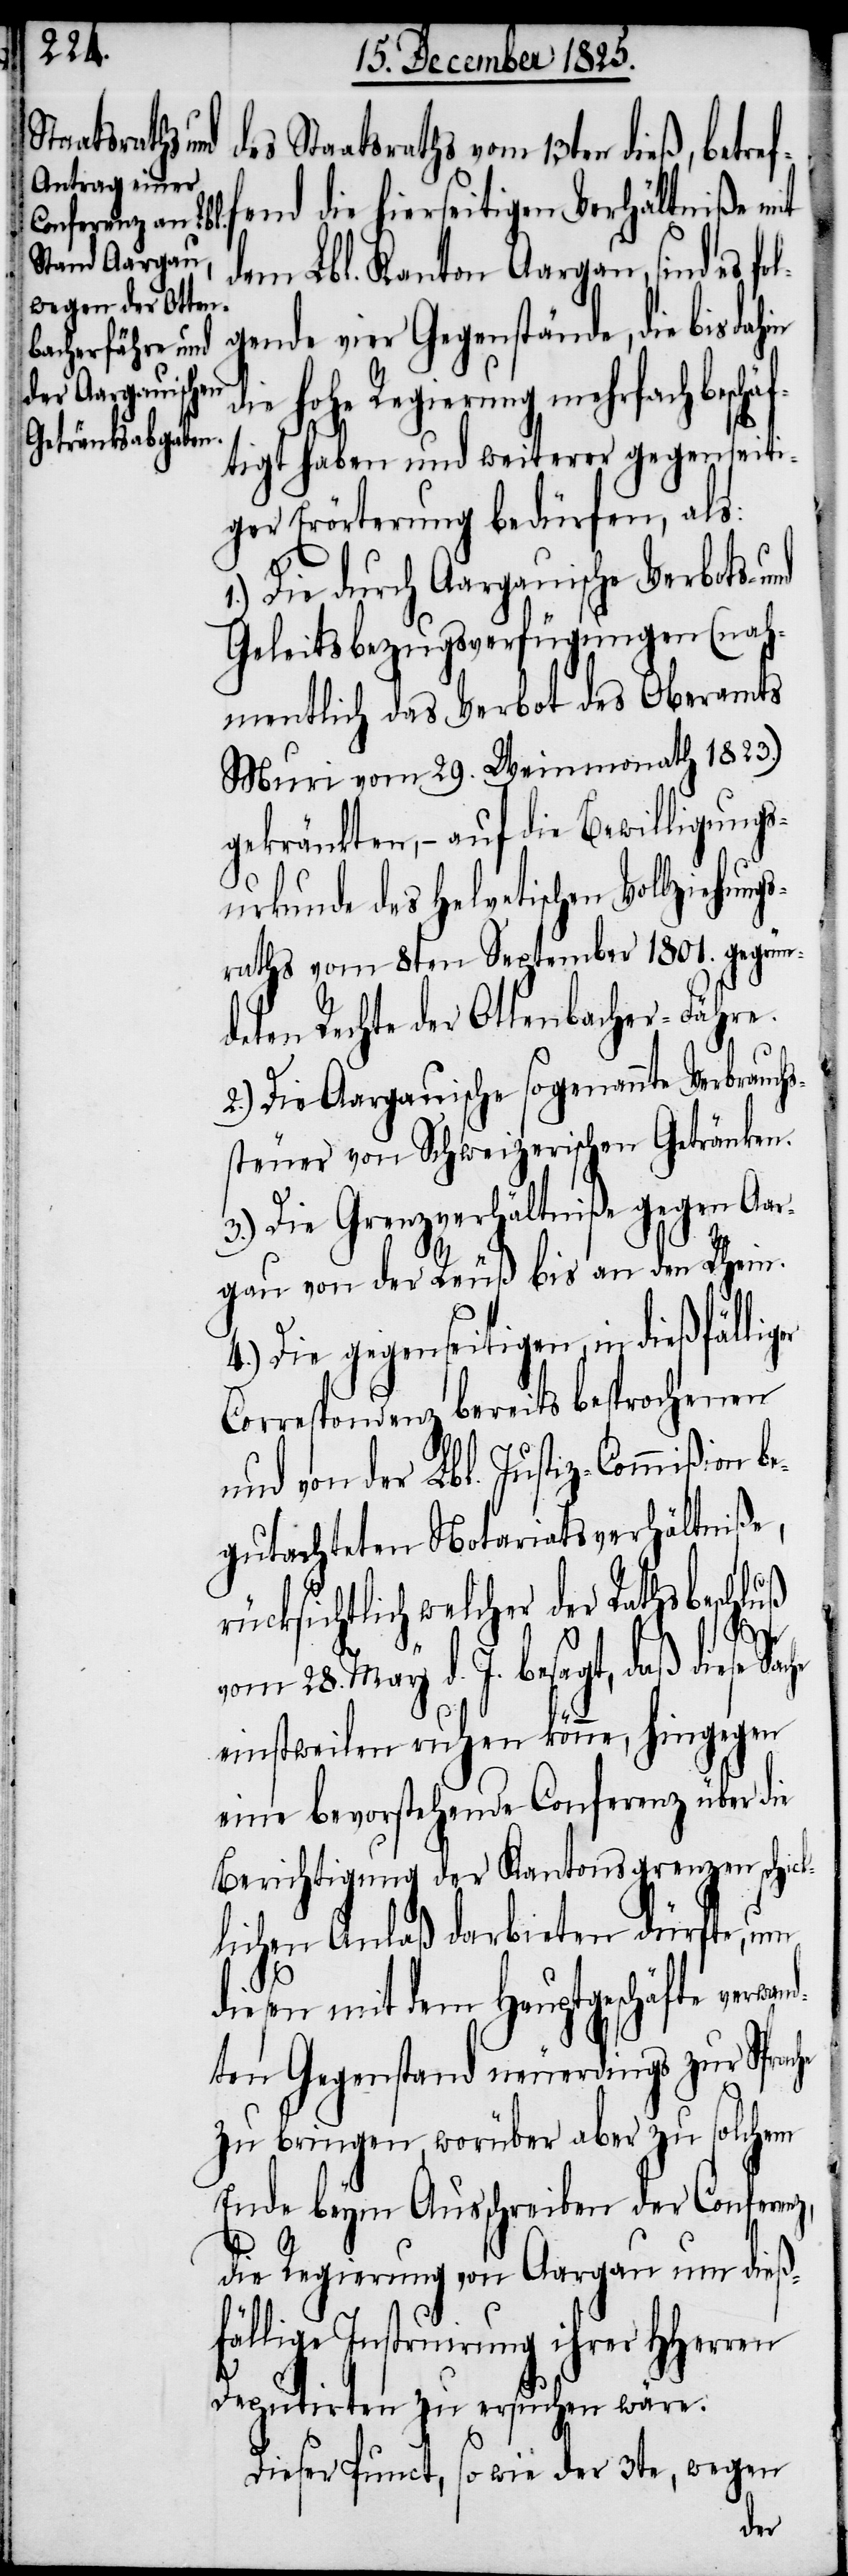
des Staatsraths vom 13ten dieß, betref¬
fend die hierseitigen Verhältniße mit
dem Lbl. Kanton Aargau, sind es fo¬
lgende vier Gegenstände, die bis
die hohe Regierung mehrfach beschä¬
ftigt haben und weiterer gegenseiti¬
ger Erörterung bedürfen, als:
Die durch Aargauische Verbots-
Geleitsbezugsverfügungen (nah¬
mentlich das Verbot des Oberamts
Muri vom 29. Weinmonath 1823.)
gekränkten, – auf die Bewilligungs¬
urkunde des Helvetischen Vollziehun¬
raths vom 8ten September 1801. gegrün¬
deten Rechte der Ottenbacher-Fähre.
2.) Die Aargauische sogenannte Verbrauchs¬
steuer von Schweizerischen Getränken.
3.) Die Grenzverhältniße gegen Aar¬
gau von der Reuß bis an den Rhein.
4.) Die gegenseitigen, in dießfällig¬
Correspondenz bereits besprochenen
und von der Lbl. Justiz-Commißion b¬
egutachteten Notariatsverhältniße,
ücksichtlich welcher der Rathsbesch¬
wand¬
vom 28. May d. J. besagt, daß diese Sac¬
einstweilen ruhen könne, hingegen
eine bevorstehende Conferenz über die
Berichtigung der Kantonsgrenzen schick¬
lichen Anlaß darbieten dürfte, um
diesen mit dem Hauptgeschäfte ver¬
ten Gegenstand neuerdings zur Sprac¬
zu bringen, worüber aber zu solchem
Ende beym Ausschreiben der Conferenz,
die Regierung von Aargau um dieß¬
fällige Instruirung ihrer HHerren
Deputirten zu ersuchen wäre.
Dieser Punct, so wie der 3te, wegen
he